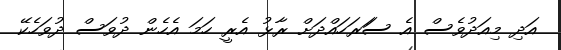
އަދި މިއަދުވެސް އެ ސަަރަހައްދަށް ރާޅު އެރީ ހަމަ އެހެން ދުވަސް ދުވަހެކޭ